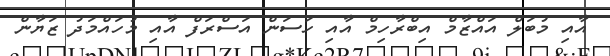
އާއި މުބަލް އައްޒާމް އިބްރާހިމް އާއި ހަސަން އަސްރަފް އާއި މުހައްމަދު ޒަޔާން